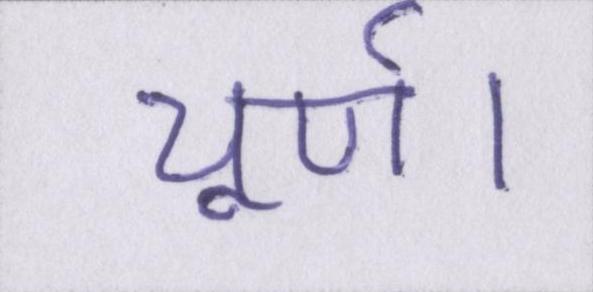
चूर्ण।